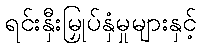
ရင်းနှီးမြှုပ်နှံမှုများနှင့်